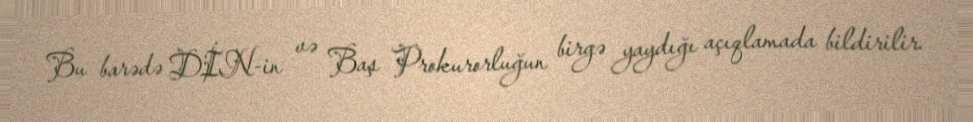
Bu barədə DİN-in və Baş Prokurorluğun birgə yaydığı açıqlamada bildirilir.